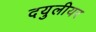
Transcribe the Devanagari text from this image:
दयुलीयर